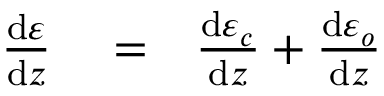
\begin{array} { r l r } { \frac { \mathrm { d } \varepsilon } { \mathrm { d } z } } & { { } = } & { \frac { \mathrm { d } \varepsilon _ { c } } { \mathrm { d } z } + \frac { \mathrm { d } \varepsilon _ { o } } { \mathrm { d } z } } \end{array}